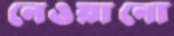
নেওয়ানো